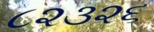
૮૨૩૨૬